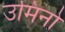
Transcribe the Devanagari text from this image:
उमिनो